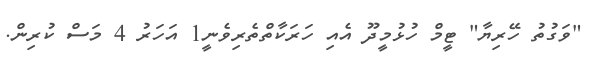
"ވަގުތު ހޭރިޔާ" ޓީމް ހުޅުމީދޫ އެއި ހަރަކާތްތެރިވެނީ1 އަހަރު 4 މަސް ކުރިން.